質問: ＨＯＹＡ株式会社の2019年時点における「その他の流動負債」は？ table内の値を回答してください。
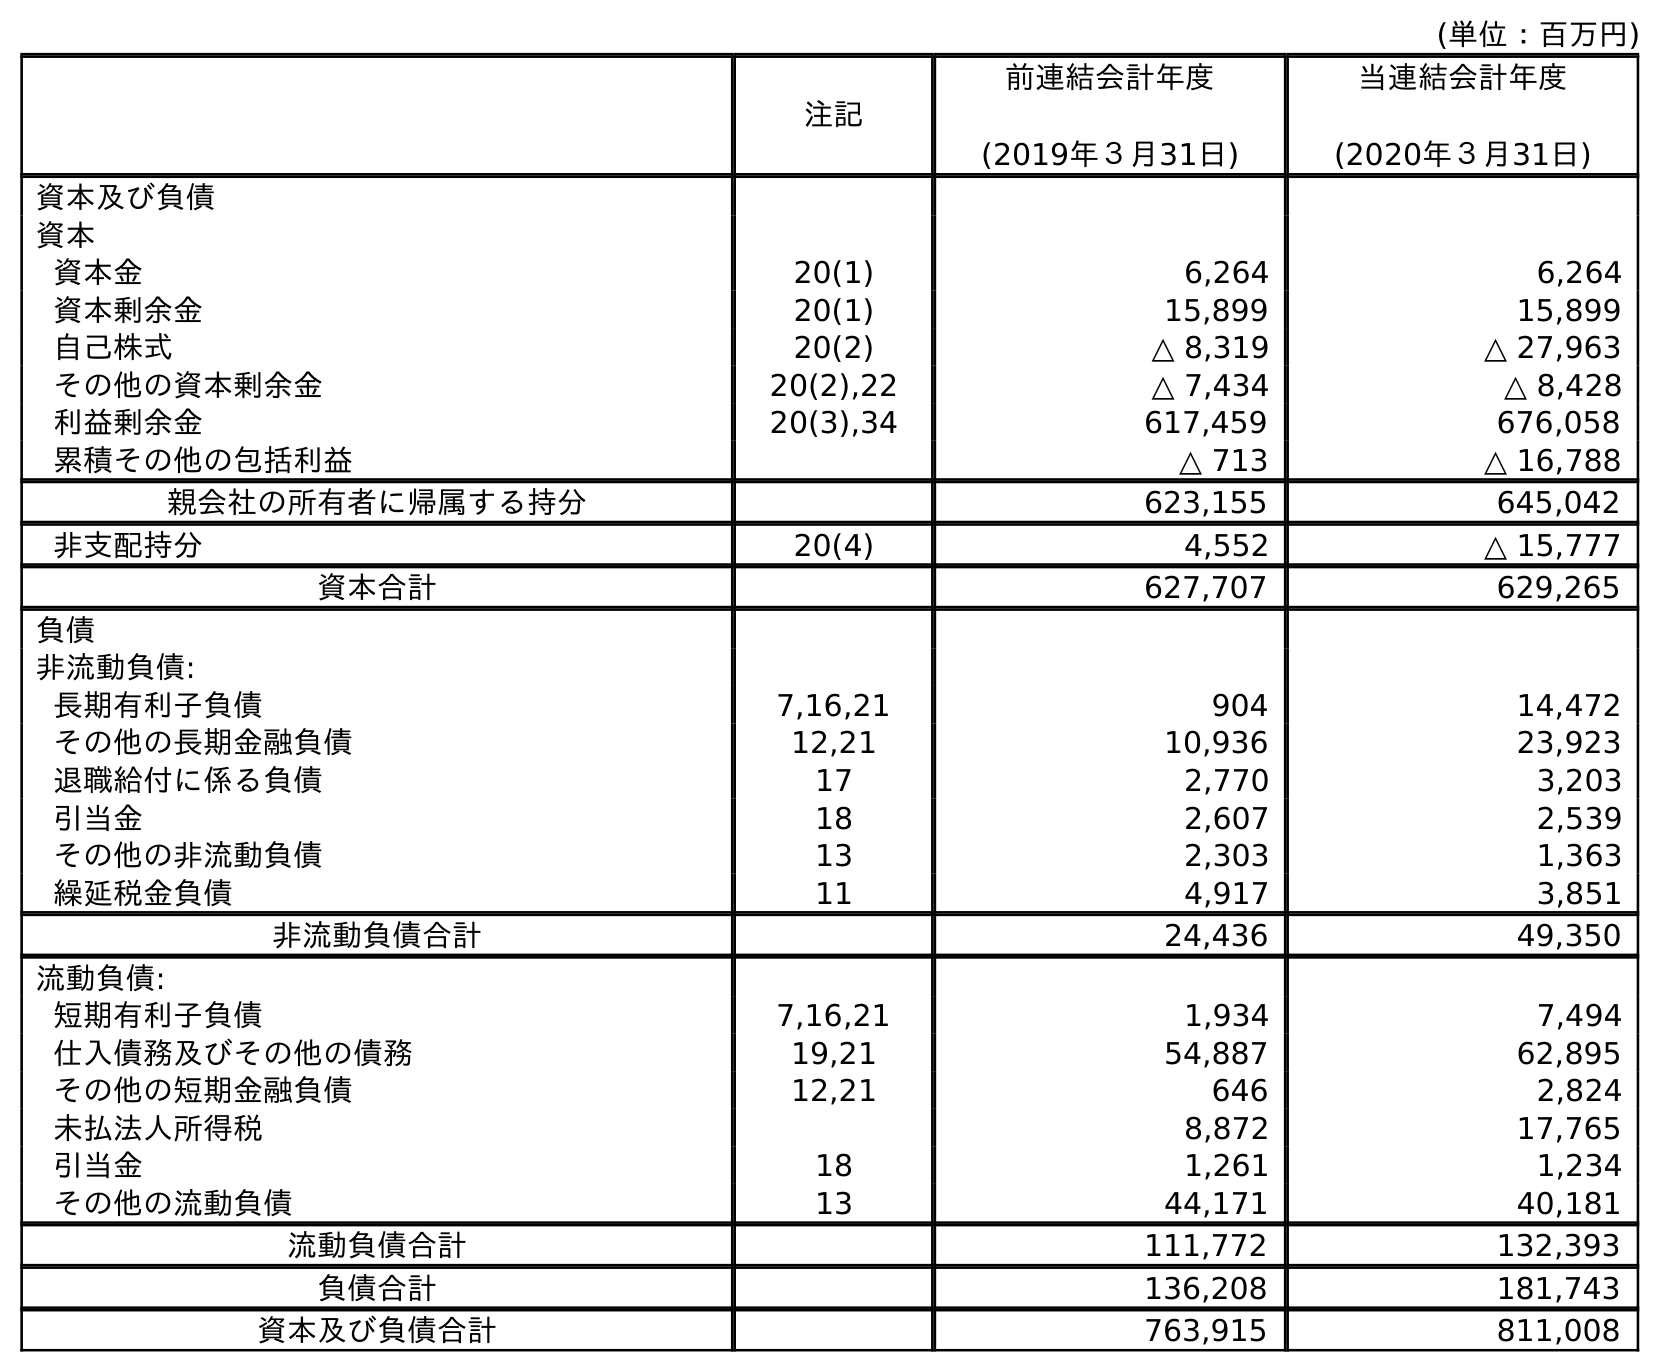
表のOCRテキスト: (単位：百万円) 注記 前連結会計年度 (2019年３月31日) 当連結会計年度 (2020年３月31日) 資本及び負債 資本 資本金 20(1) 6,264 6,264 資本剰余金 20(1) 15,899 15,899 自己株式 20(2) △ 8,319 △ 27,963 その他の資本剰余金 20(2),22 △ 7,434 △ 8,428 利益剰余金 20(3),34 617,459 676,058 累積その他の包括利益 △ 713 △ 16,788 親会社の所有者に帰属する持分 623,155 645,042 非支配持分 20(4) 4,552 △ 15,777 資本合計 627,707 629,265 負債 非流動負債: 長期有利子負債 7,16,21 904 14,472 その他の長期金融負債 12,21 10,936 23,923 退職給付に係る負債 17 2,770 3,203 引当金 18 2,607 2,539 その他の非流動負債 13 2,303 1,363 繰延税金負債 11 4,917 3,851 非流動負債合計 24,436 49,350 流動負債: 短期有利子負債 7,16,21 1,934 7,494 仕入債務及びその他の債務 19,21 54,887 62,895 その他の短期金融負債 12,21 646 2,824 未払法人所得税 8,872 17,765 引当金 18 1,261 1,234 その他の流動負債 13 44,171 40,181 流動負債合計 111,772 132,393 負債合計 136,208 181,743 資本及び負債合計 763,915 811,008
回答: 44,171